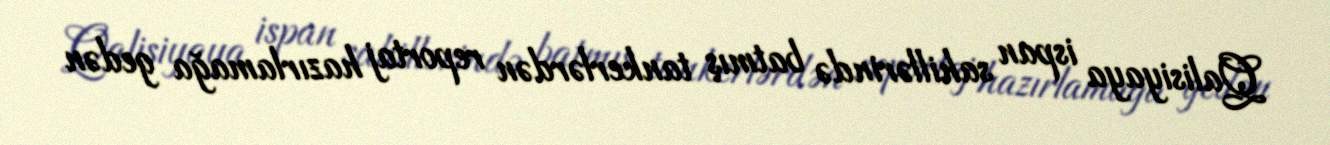
Qalisiyaya ispan sahillərində batmış tankerlərdən reportaj hazırlamağa gedən